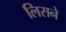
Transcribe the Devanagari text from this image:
लिसने